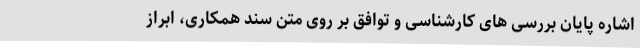
اشاره پایان بررسی های کارشناسی و توافق بر روی متن سند همکاری، ابراز